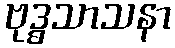
ဗုဒ္ဓသာသနာ